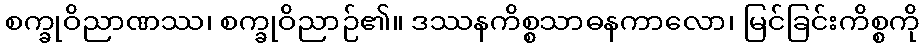
စက္ခုဝိညာဏဿ၊ စက္ခုဝိညာဉ်၏။ ဒဿနကိစ္စသာဓနကာလော၊ မြင်ခြင်းကိစ္စကို